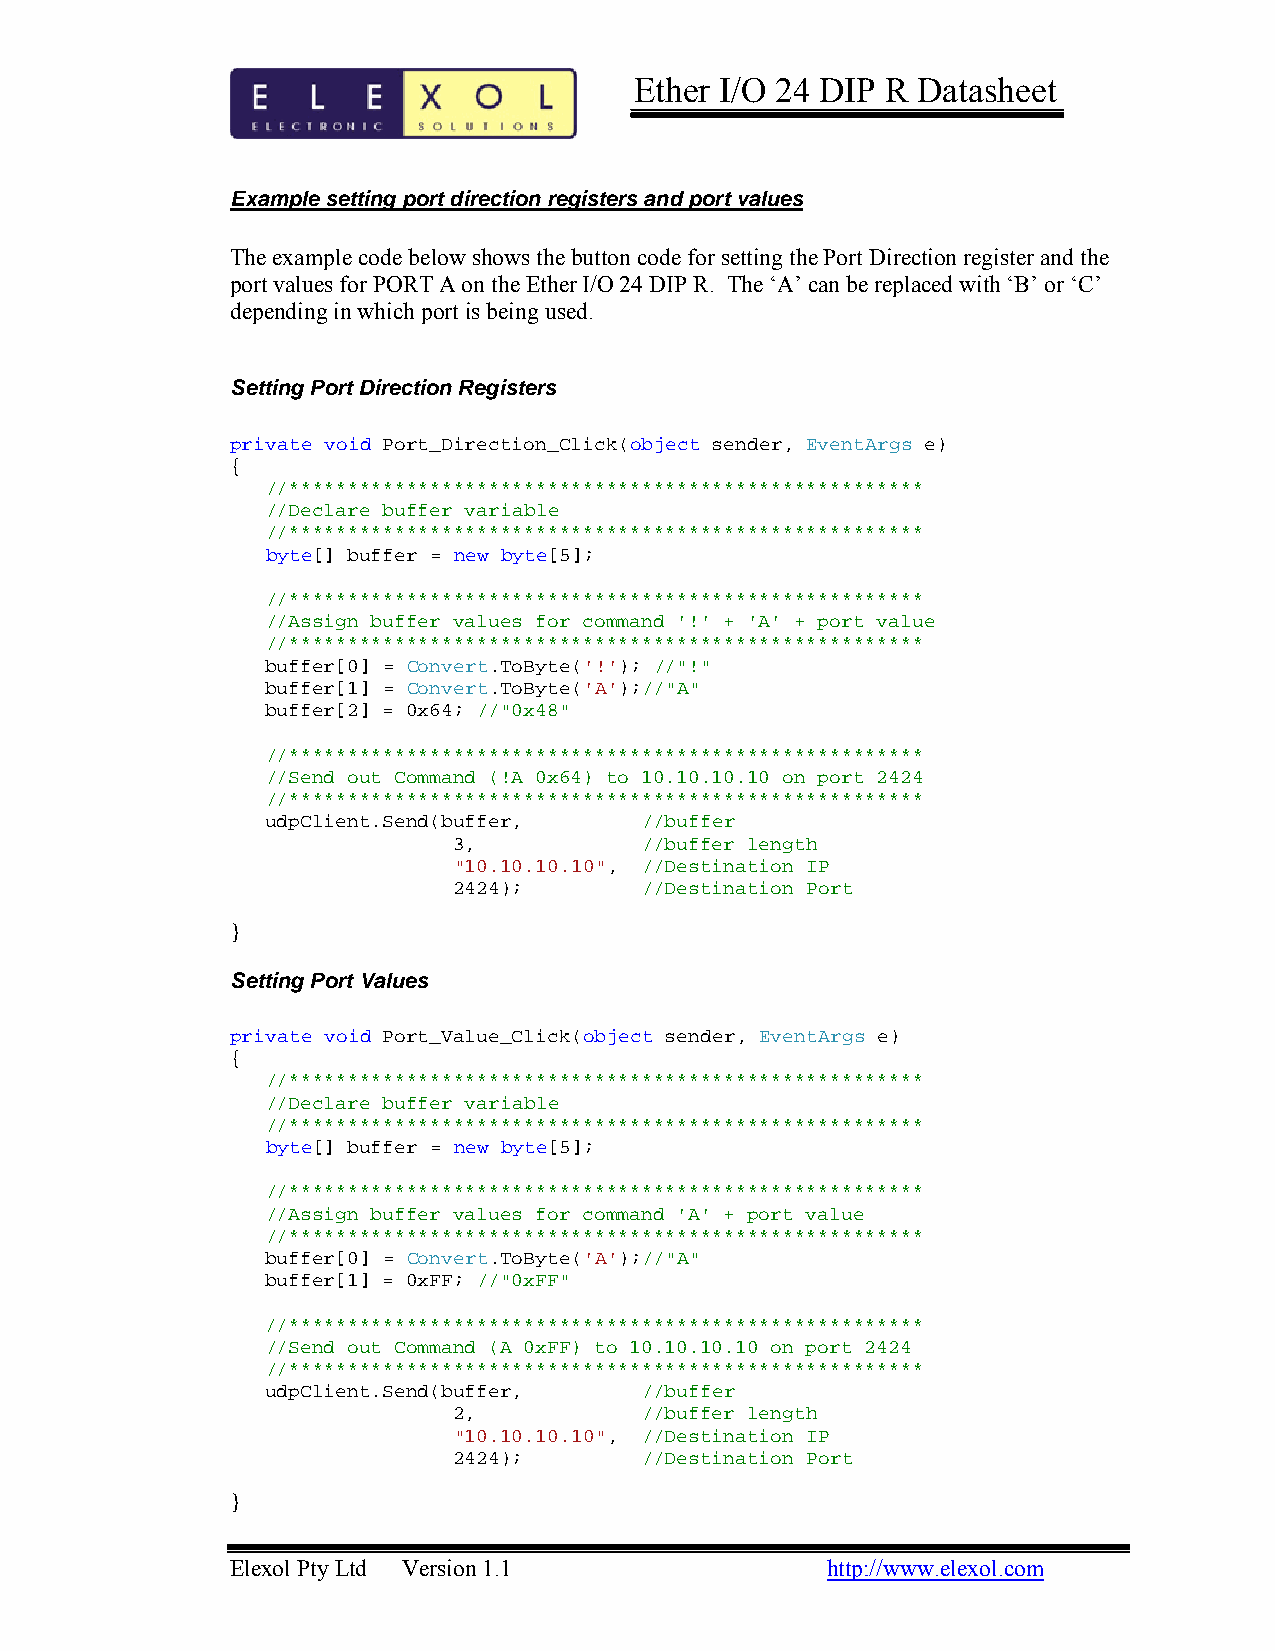
Ether I/O 24 DIP R Datasheet
 Example setting port direction registers and port values
 The example code below shows the button code for setting the Port Direction register and the
 port values for PORT A on the Ether I/O 24 DIP R. The ‘A’ can be replaced with ‘B’ or ‘C’
 depending in which port is being used.
 Setting Port Direction Registers
 private void Port_Direction_Click(object sender, EventArgs e)
 {
 //******************************************************
 //Declare buffer variable
 //******************************************************
 byte[] buffer = new byte[5];
 //******************************************************
 //Assign buffer values for command '!' + 'A' + port value
 //******************************************************
 buffer[0] = Convert.ToByte('!'); //"!"
 buffer[1] = Convert.ToByte('A');//"A"
 buffer[2] = 0x64; //"0x48"
 //******************************************************
 //Send out Command (!A 0x64) to 10.10.10.10 on port 2424
 //******************************************************
 udpClient.Send(buffer,  //buffer
 3,          //buffer length
 "10.10.10.10", //Destination IP
 2424);      //Destination Port
 }
 Setting Port Values
 private void Port_Value_Click(object sender, EventArgs e)
 {
 //******************************************************
 //Declare buffer variable
 //******************************************************
 byte[] buffer = new byte[5];
 //******************************************************
 //Assign buffer values for command 'A' + port value
 //******************************************************
 buffer[0] = Convert.ToByte('A');//"A"
 buffer[1] = 0xFF; //"0xFF"
 //******************************************************
 //Send out Command (A 0xFF) to 10.10.10.10 on port 2424
 //******************************************************
 udpClient.Send(buffer,  //buffer
 2,          //buffer length
 "10.10.10.10", //Destination IP
 2424);      //Destination Port
 }
 Elexol Pty Ltd Version 1.1              http://www.elexol.com